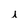
Character: i